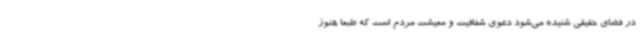
در فضای حقیقی شنیده می‌شود دعوی شفافیت و معیشت مردم است که طبعا هنوز